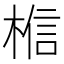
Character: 𪲼